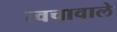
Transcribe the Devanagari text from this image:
त्वचावाले